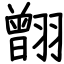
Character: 䎖